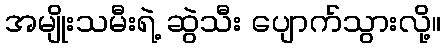
အမျိုးသမီးရဲ့ ဆွဲသီး ပျောက်သွားလို့။